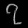
Digit: ၇